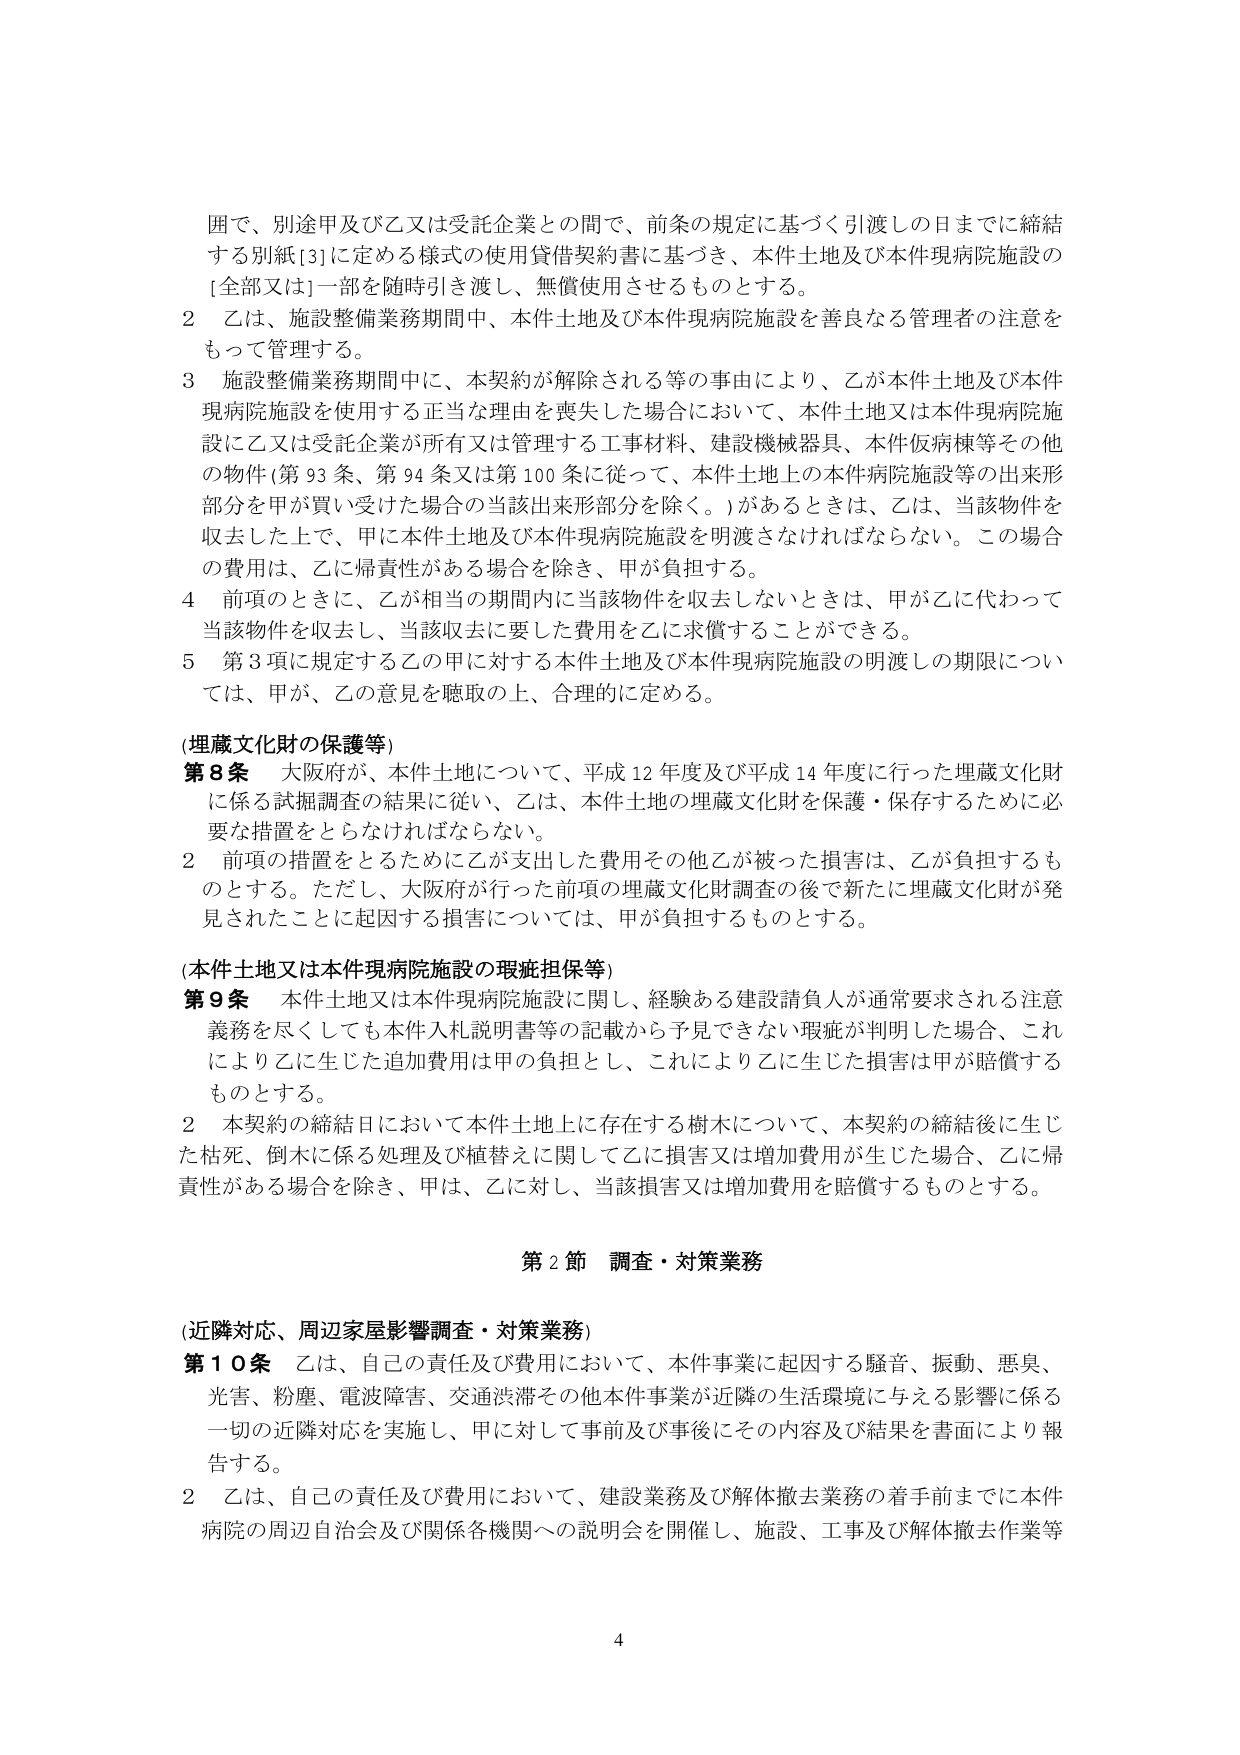
囲で、別途甲及び乙又は受託企業との間で、前条の規定に基づく引渡しの日までに締結する別紙[3]に定める様式の使用貸借契約書に基づき、本件土地及び本件現病院施設の[全部又は]一部を随時引き渡し、無償使用させるものとする。

2 乙は、施設整備業務期間中、本件土地及び本件現病院施設を善良なる管理者の注意をもって管理する。

3 施設整備業務期間中に、本契約が解除される等の事由により、乙が本件土地及び本件現病院施設を使用する正当な理由を喪失した場合において、本件土地又は本件現病院施設に乙又は受託企業が所有又は管理する工事材料、建設機械器具、本件仮病棟等その他の物件（第93条、第94条又は第100条に従って、本件土地上の本件病院施設等の出来形部分を甲が買い受けた場合の当該出来形部分を除く。）があるときは、乙は、当該物件を収去した上で、甲に本件土地及び本件現病院施設を明渡さなければならない。この場合の費用は、乙に帰責性がある場合を除き、甲が負担する。

4 前項のときに、乙が相当の期間内に当該物件を収去しないときは、甲が乙に代わって当該物件を収去し、当該収去に要した費用を乙に求償することができる。

5 第3項に規定する乙の甲に対する本件土地及び本件現病院施設の明渡しの期限については、甲が、乙の意見を聴取の上、合理的に定める。

(埋蔵文化財の保護等)

第8条 大阪府が、本件土地について、平成12年度及び平成14年度に行った埋蔵文化財に係る試掘調査の結果に従い、乙は、本件土地の埋蔵文化財を保護・保存するために必要な措置をとらなければならない。

2 前項の措置をとるために乙が支出した費用その他乙が被った損害は、乙が負担するものとする。ただし、大阪府が行った前項の埋蔵文化財調査の後で新たに埋蔵文化財が発見されたことに起因する損害については、甲が負担するものとする。

(本件土地又は本件現病院施設の瑕疵担保等)

第9条 本件土地又は本件現病院施設に関し、経験ある建設請負人が通常要求される注意義務を尽くしても本件入札説明書等の記載から予見できない瑕疵が判明した場合、これにより乙に生じた追加費用は甲の負担とし、これにより乙に生じた損害は甲が賠償するものとする。

2 本契約の締結日において本件土地上に存在する樹木について、本契約の締結後に生じた枯死、倒木に係る処理及び植替えに関して乙に損害又は増加費用が生じた場合、乙に帰責性がある場合を除き、甲は、乙に対し、当該損害又は増加費用を賠償するものとする。

第2節 調査・対策業務

(近隣対応、周辺家屋影響調査・対策業務)

第10条 乙は、自己の責任及び費用において、本件事業に起因する騒音、振動、悪臭、光害、粉塵、電波障害、交通渋滞その他本件事業が近隣の生活環境に与える影響に係る一切の近隣対応を実施し、甲に対して事前及び事後にその内容及び結果を書面により報告する。

2 乙は、自己の責任及び費用において、建設業務及び解体撤去業務の着手前までに本件病院の周辺自治会及び関係各機関への説明会を開催し、施設、工事及び解体撤去作業等

4